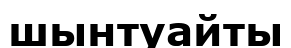
шынтуайты